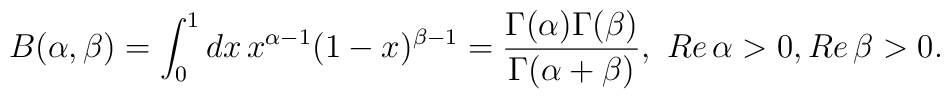
B(\alpha,\beta)=\int_{0}^{1} dx\, x^{\alpha-1}(1-x)^{\beta-1}=\frac{\Gamma(\alpha)\Gamma(\beta) }{\Gamma(\alpha+\beta) }, \,\, Re\,\alpha>0,Re\,\beta>0.